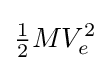
{\begin{matrix}{\frac {1}{2}}\end{matrix}}MV_{e}^{2}